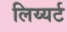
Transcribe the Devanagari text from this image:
लिय्यर्ट